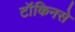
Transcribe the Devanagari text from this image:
टॉकिनसे